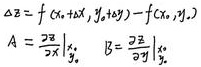
\[\Delta z = f(x_0 + \Delta x, y_0 + \Delta y) - f(x_0, y_0)\]
\[A = \left.\frac{\partial z}{\partial x}\right|_{x_0, y_0}\]
\[B = \left.\frac{\partial z}{\partial y}\right|_{x_0, y_0}\]